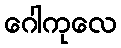
ဂေါကုလေ